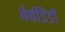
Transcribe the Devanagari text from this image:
बेबीडैडी